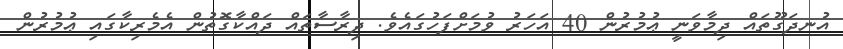
އުނދަގޫތައް ދިމާވަނީ ޢުމުރުން 40 އަހަރު ވުމަށްފަހުގައެވެ. ދިރާސާތައް ދައްކާގޮތުން އެމެރިކާގައި ޢުމުރުން